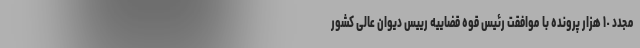
مجدد ١٠ هزار پرونده با موافقت رئیس قوه قضاییه رییس دیوان عالی کشور